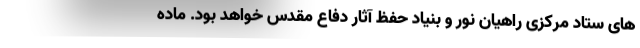
های ستاد مرکزی راهیان نور و بنیاد حفظ آثار دفاع مقدس خواهد بود. ماده